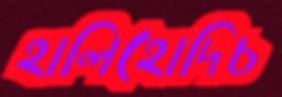
হালিহোদিচ